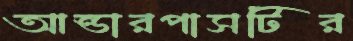
আন্ডারপাসটির